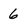
Character: 6